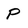
Character: P